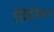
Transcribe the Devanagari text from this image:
झिरिया